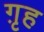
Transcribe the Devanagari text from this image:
ग़ृह